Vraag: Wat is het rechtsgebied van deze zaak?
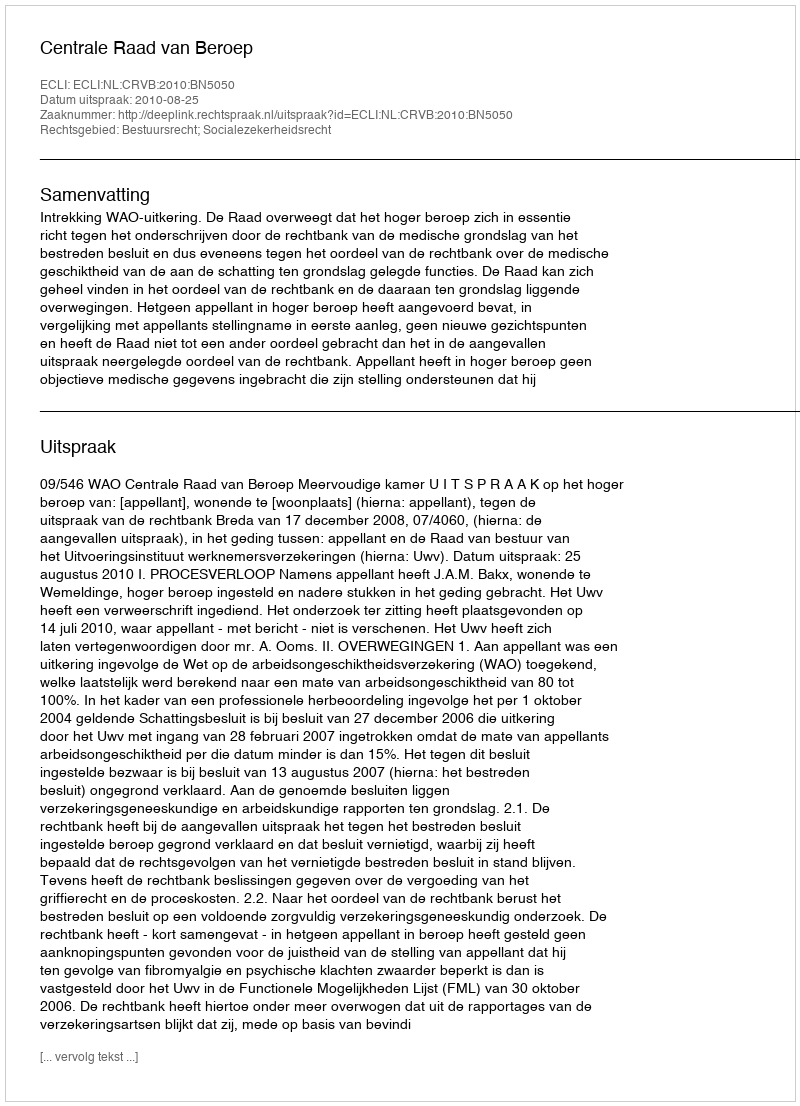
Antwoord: Bestuursrecht; Socialezekerheidsrecht